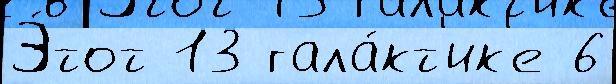
Э́тот 13 гала́кт'ик'е 6